Bréfritari: Jóhannes Guðmundsson
Viðtakandi: Jón Borgfirðings Jónsson
Dagsetning: A-1865-12-xx
Skrifað á: Gunnsteinsstöðum  A-Hún.

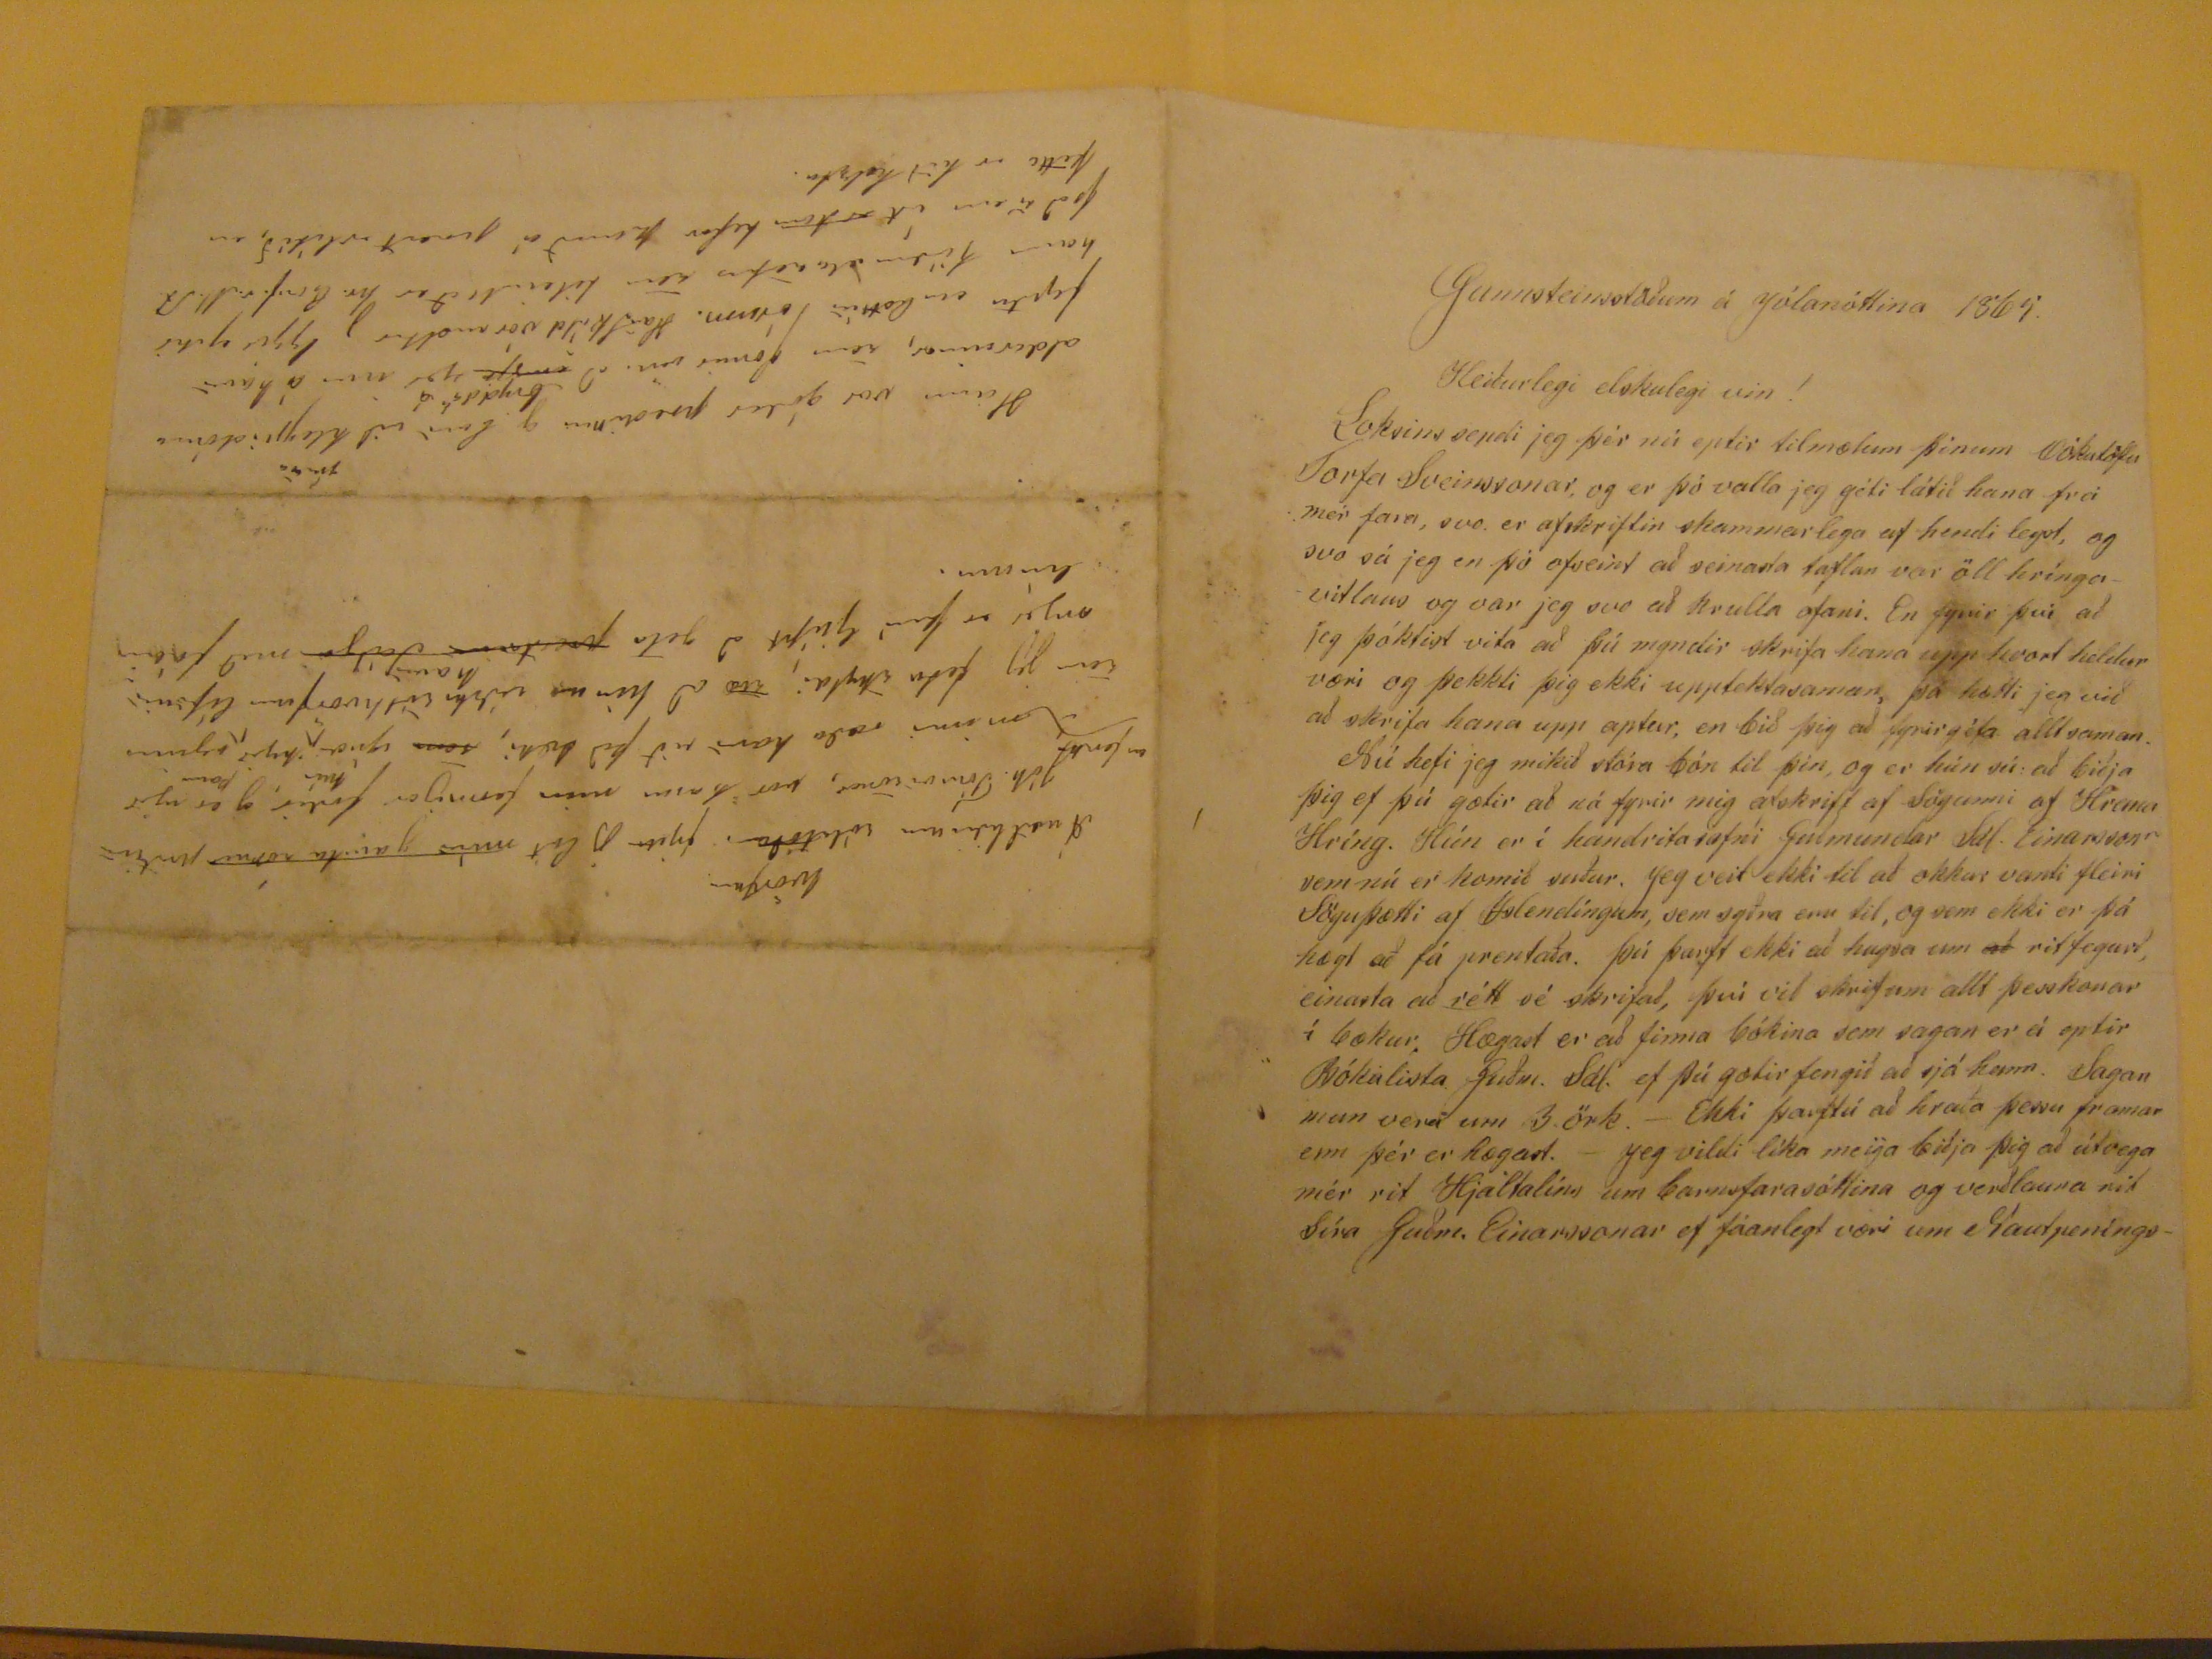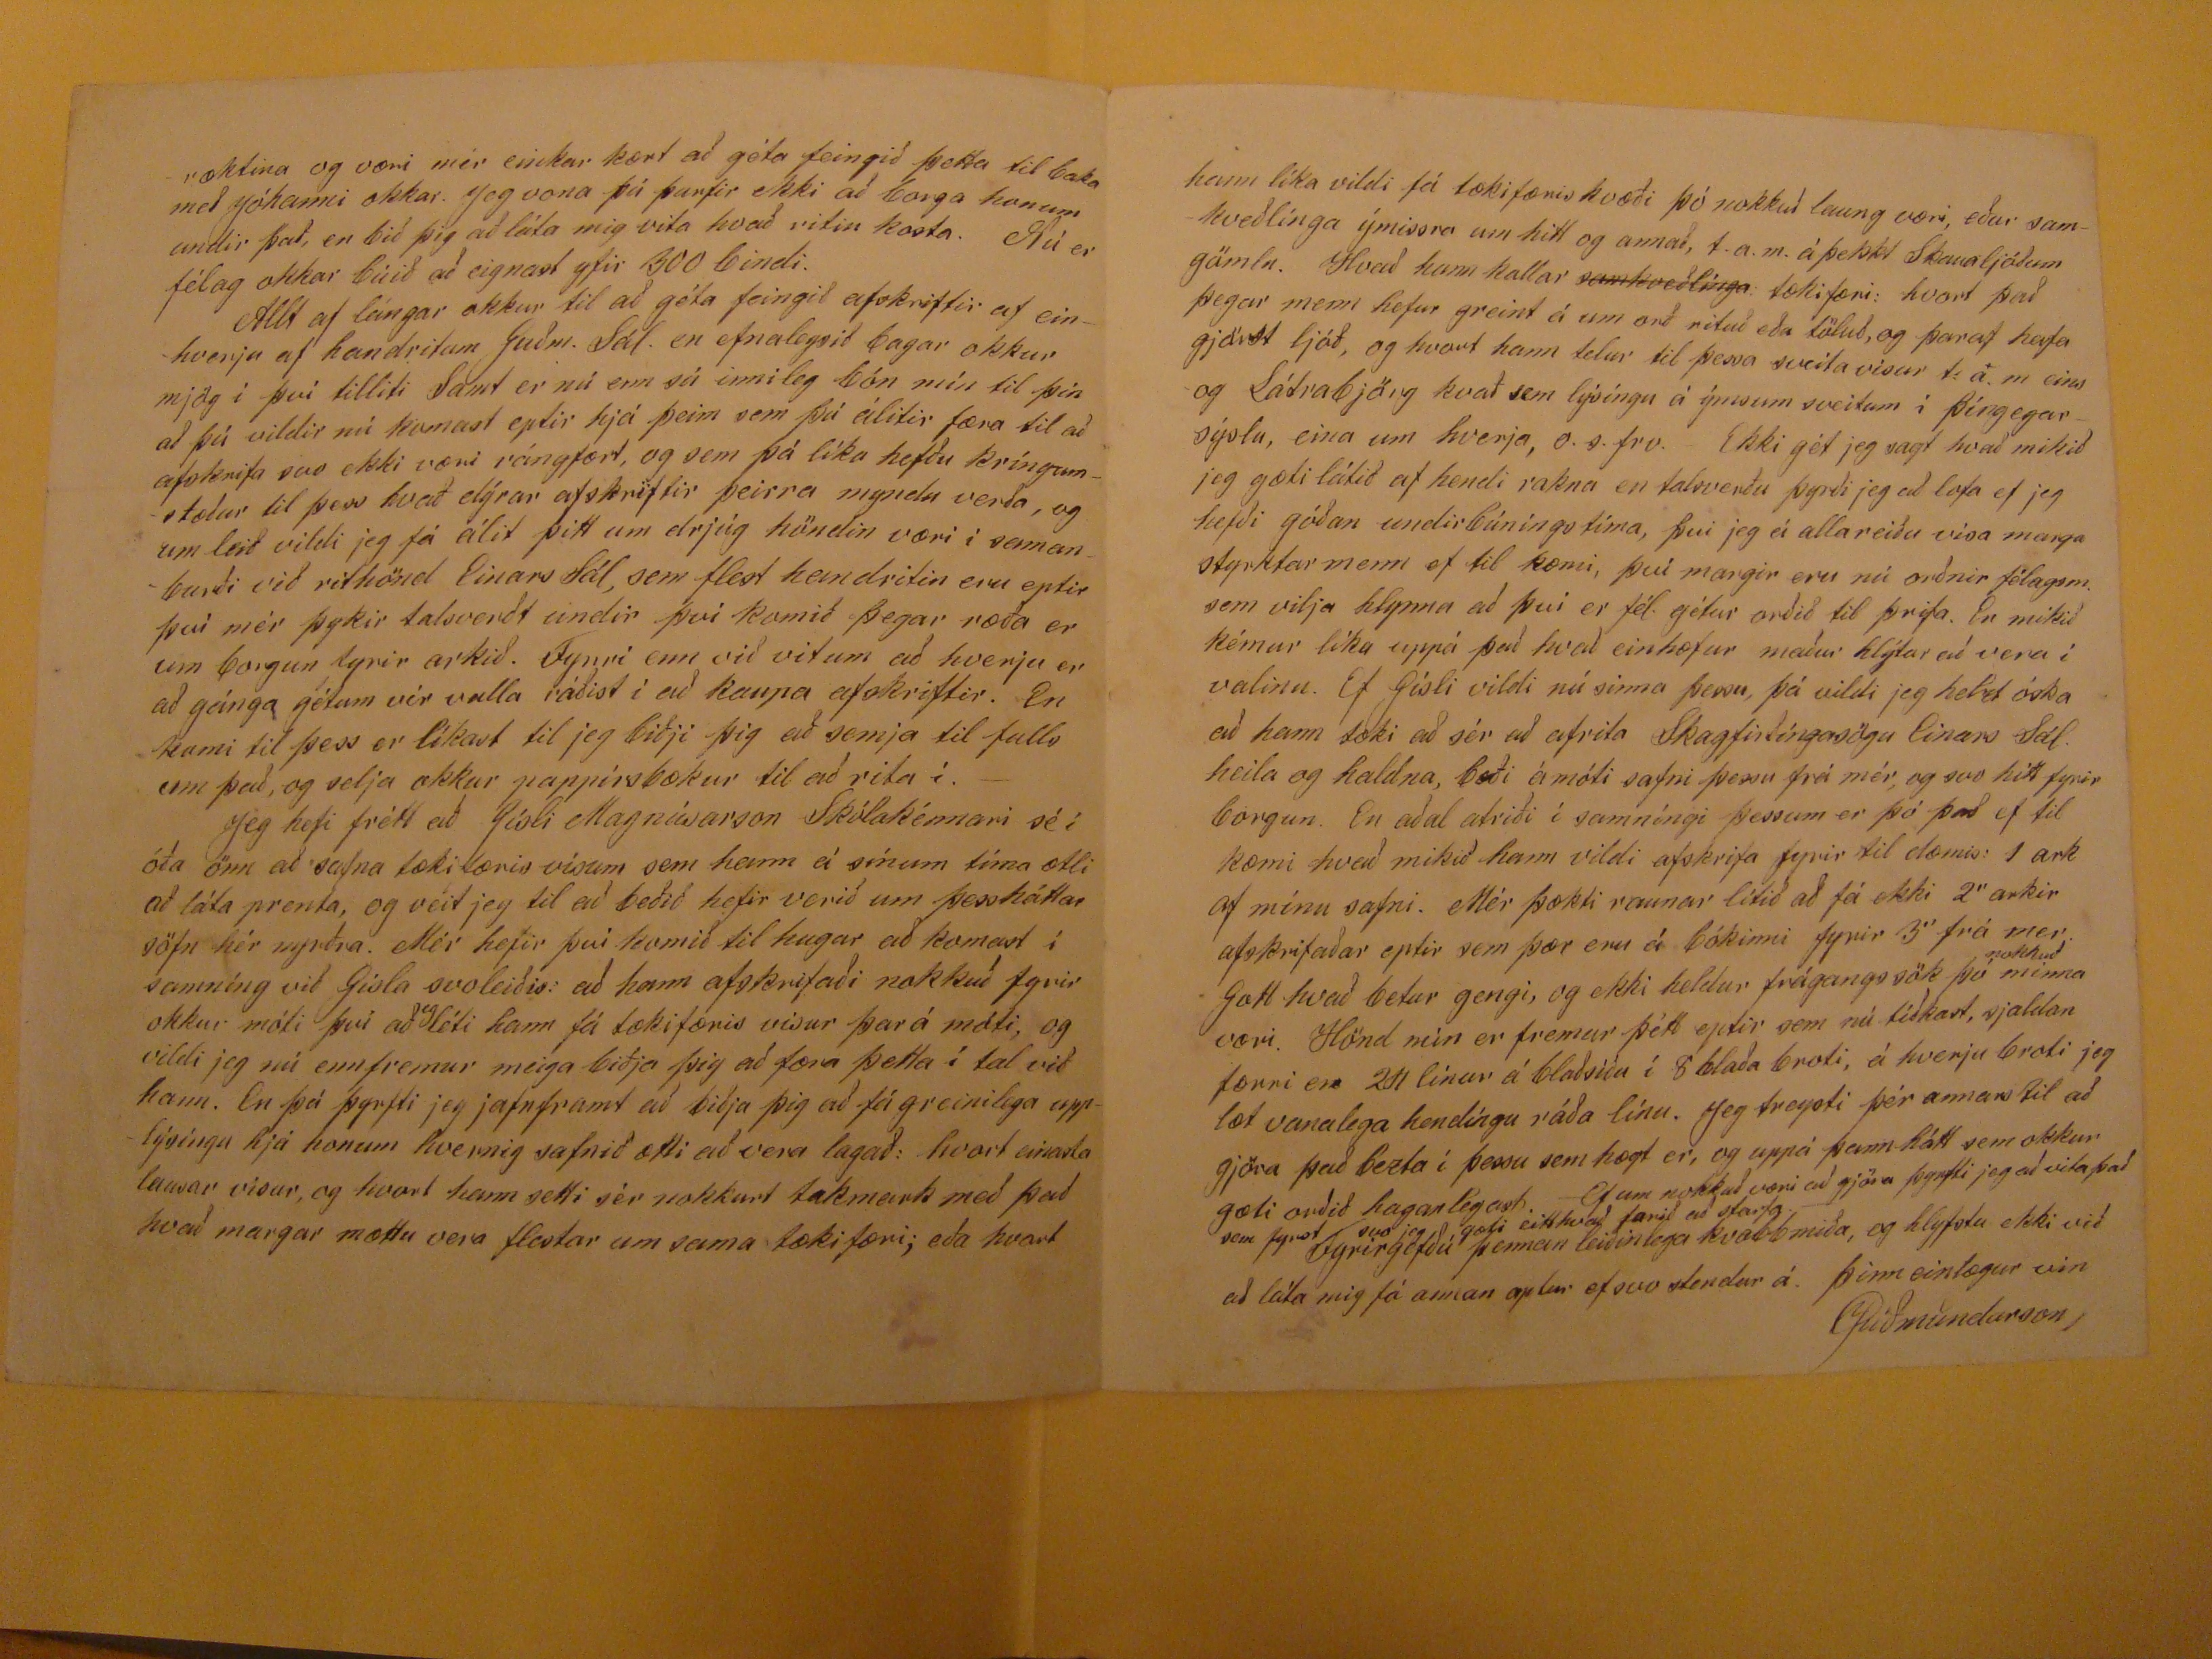

Gunnsteinsstöðum á jólanóttina 186
5
Heiðurlegi elskulegi vin!
Loksins sendi jeg þér nú eptir tilmælum þinum
Vókatöfu
Torfa Sveinssonar, og er þó vala jeg géti látið hana frá mér fara, svo er afskriftin skammarlega af hendi leyst, og svo sá jeg en þó ofseint að seinasta taflan var öll hríngavitlaus og var jeg svo að krulla ofaní. En fyrir því að jeg þóktist vita að þú myndir skrifa hana upp hvort heldur væri og þekkti þig ekki upptektasaman, þá hætti jeg við að skrifa hana upp aptur, en bið þig að fyrirgéfa alltsaman. Nú hefi jeg mikið stóra bón til þín, og er hún sú: að biðja þig ef þú gætir að ná fyrir mig afskrift af Sögunni af Hrana Hríng. Hún er í handritasafni Guðmundar Sál. Einarssonr sem nú er komi suður. Jeg veit ekki til að okkur vanti fleiri Söguþætti af Islendíngum, sem syðra eru til, og sem ekki er þá hægt að fá prentaða. Þú þarft ekki að hugsa um
að
ritfegurð, einasta að
rétt
sé skrifað, því við skrifum allt þesskonar í bækur. Hægast er að finna bókina sem sagan er á eptir Bókalista Guðm. Sál. ef þú gætir fengið að sjá hann. Sagan mun vera um 3. örk. - Ekki þarftú að hraða þessu framar enn þér er hægast. - Jeg vildi líka meiga biðja þig að útvega mér rit Hjaltalíns um barnsfarasóttina og verðlausa rit síra Guðm. Einarssonar ef fáanlegt væri um Nautpenings-
ræktina og væri mér einkar kært að géta feingið þetta til baka með Jóhanni okkar. Jeg vona þú þurfir ekki að borga honum undir það, en bið þig að láta mig vita hvað ritin kosta. Nú er félag okkar búið að eignast yfir 300 bindi. Allt af lángar okkur til að géta feingið afksriftir af einhverju af handritum Guðm. Sál. en efnaleysið bagar okkur mjög í því tilliti Samt er nú enn sú innileg bón mín til þín að þú vildir nú komast eptir hjá þeim sem þú álitir færa til að afskrifa svo ekki væri rángfært, og sem þá líka hefðu kríngumstæður til þess hvað dýrar afskriftir þeirra myndu verða, og um leið vildi jeg fá álit þitt um drjúg höndin væri í samanburði við rithönd Einars Sál, sem flest handritin eru eptir því mér þykir talsverðt undir því komið þegar ræða er um borgun fyrir arkið. Fyrri enn við vitum að hverju er að gánga gétum vér valla ráðist í að kaupa afskriftir. En komi til þess er líkast til jeg biðji þig að semja til fulls um það, og selja okkur pappírsbækur til að rita í. - Jeg hefi frétt að Gísli Magnúsarson Skólakénnari sé í óða önn að safna tækifæris vísum sem hann á sínum tíma ætli að láta prenta, og veit jeg til að beðið hefir verið um þessháttar söfn hér nyrðra. Mér hefi rþví komið til hugasr að komast í samníng við Gísla svoleiðis: að hann afksrifaði nokkuð fyrir okkur móti því að
eg
léti han nfá tækifæris vísur þar á móti, og vildi jeg nú ennfremur meiga biðja þig að færa þetta í tal við hann. En þá þyrfti jeg jafnframt að biðja þig að fá greinilega upplýsíngu hjá honum hvernig safnið ætti að vera lagað: hvort erinda lausar vísur, og hvort hann setti sér nokkurt takmark með það hvað margar mættu vera flestar um sama tækifæri; eða hvort
hann líka vildi fá tækifæriskvæði þó nokkuð laung væri, eður samkveðlínga ýmissra um hitt og annað, t.a.m. á þekkt Skaualjóðum gömlu. Hvað hann kallar
samkveðlínga
: tækifæri: hvort það þegar menn hefur greint á um orð rituð eða töluð, og þaraf hafa gjörst ljóð, og hvort hann telur til þessa sveitavísur t. a.m eins og Látrabörg kvað sem lýsíngu á ýmsum sveitum í Þíngeyarsýslu, eina um hverja, o.s.frv. Ekki gét jeg sagt hvað mikið jeg gæti látið af hendi rakna en talsverðu þyrði jeg að lofa ef jeg hefði góðan undirbúníngstíma, þvi jeg á allareiðu vísa marga styrktarmenn ef til kæmi, því margir eru nú orðnir félagsm. sem vilja hlynna að því er fél. gétur orðið til þrifa. En mikið kémur líka uppá það hvað einhæfur maður hlýtur að vera í valinu. Ef Gísli vildi nú sinna þessu, þá vildi jeg held óska að hann tæki að sér að afrita Skagfirðíngasögu Einars Sál. heila og haldna, bæði á móti safni þessu frá mér, og svo hitt fyrir borgun. En aðalatriði í samníngi þessum er þó það ef til kæmi hvað mikið hann vildi afskrifa fyrir til dæmis: 1 ark af mínu safni. Mér þækti raunar lítið að fá ekki 2" arkir afskrfaðar eptir sem þær eru á bókinni fyrir 3" frá mer. Gott hvað betur gengi, og ekki heldur frágangssök þó
nokkuð
minna væri. Hönd mín er fremur þétt eptir sem nú tíðkast, sjaldan færri en 24 línur á blaðsíðu í 8 blaða broti, á hverju broti jeg læt vanalega hendíngu ráða línu. Jeg treysti þér annars til að gjöra það bezta í þessu sem hægt er, og uppá þann hátt sem okkur gæti orðið haganlegast. Ef um nokkuð væri að gjöra þyrfit jeg að vita það sem fyrst svo jeg gæti eitthvað farið að starfa.-
Fyrirgefðu þennan leiðinlega kvabbmiða, og hlyfstu ekki við að láta mig fá annan aptur ef svo stendur á. Þinn einlægur vin
JGuðmundarson